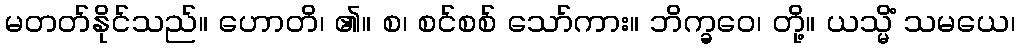
မတတ်နိုင်သည်။ ဟောတိ၊ ၏။ စ၊ စင်စစ် သော်ကား။ ဘိက္ခဝေ၊ တို့။ ယသ္မိံ သမယေ၊